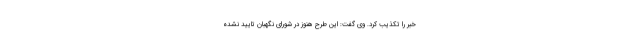
خبر را تکذیب کرد. وی گفت: این طرح هنوز در شورای نگهبان تایید نشده